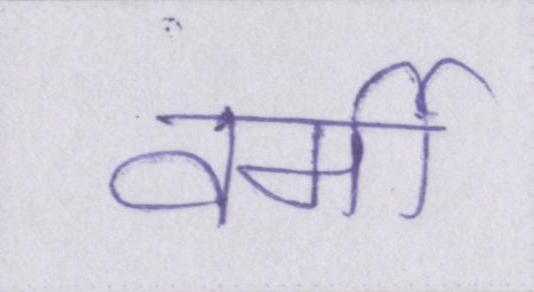
वर्मी